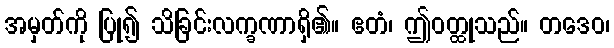
အမှတ်ကို ပြု၍ သိခြင်းလက္ခဏာရှိ၏။ ဧတံ၊ ဤဝတ္ထုသည်။ တဒေဝ၊